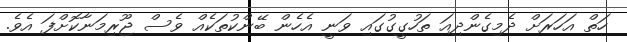
ހަތް އަހަރަށް ދެމިގެންދިއަ ތަހުގީގުގައި ވަނީ އެހެން ބޭންކުތަކެއް ވެސް ޖޫރިމަނާކޮށްފަ އެވެ.